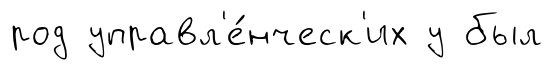
род управл'е́нческ'их у был